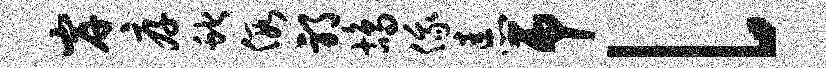
岸厚蛇假邪鸪俄恚吊l